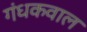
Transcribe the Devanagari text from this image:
गंधकवाल